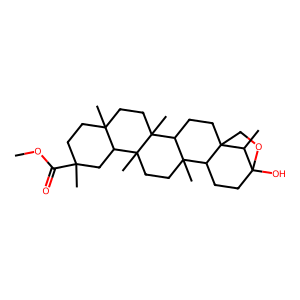
SMILES: COC(=O)C1(C)CCC2(C)CCC3(C)C4CCC56COC(O)(CCC5C4(C)CCC3(C)C2C1)C6C
Inhibits HIV replication: No